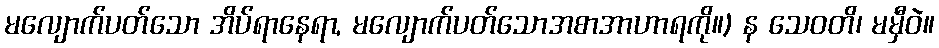
မလျောက်ပတ်သော အိပ်ရာနေရာ, မလျောက်ပတ်သောအစာအာဟာရကို။) န သေဝတိ၊ မမှီဝဲ။